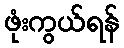
ဖုံးကွယ်ရန်